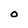
Character: O